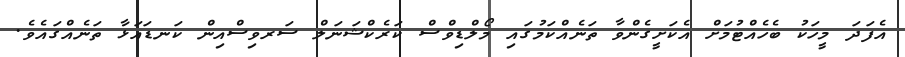
އެފަދަ މީހަކު ބެހެއްޓުމަށް އެކަށީގެންވާ ތަނެއްކަމުގައި މޯލްޑިވްސް ކަރެކްޝަނަލް ސަރވިސްއިން ކަނޑައަޅާ ތަނެއްގައެވެ.